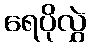
ရေပိုလွှဲ